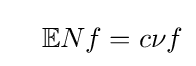
\quad \mathbb {E} Nf=c\nu f